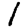
Digit: 1